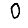
Digit: 0